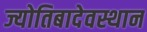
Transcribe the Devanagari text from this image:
ज्योतिबादेवस्थान